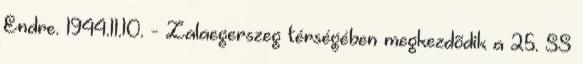
Endre. 1944.11.10. - Zalaegerszeg térségében megkezdõdik a 25. SS